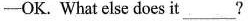
-OK. What else does it ?